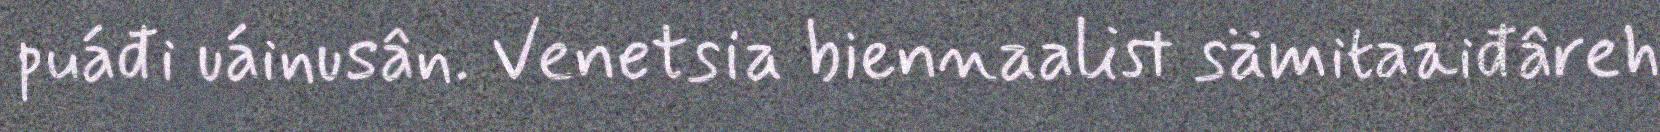
puáđi uáinusân. Venetsia biennaalist sämitaaiđâreh